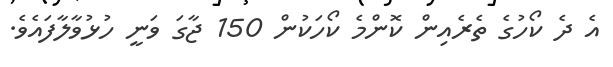
އެ ދެ ކޯހުގެ ތެރެއިން ކޮންމެ ކޯހަކުން 150 ޖާގަ ވަނީ ހުޅުވާލާފައެވެ.